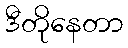
ဒီတိုနေတာ